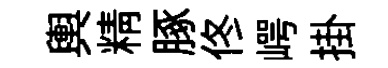
輿精䐁佟崿掛